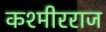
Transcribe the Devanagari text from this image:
कश्मीरराज